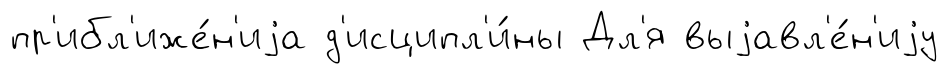
пр'ибл'иже́н'иjа д'исципл'и́ны Дл'я выjавл'е́н'иjу